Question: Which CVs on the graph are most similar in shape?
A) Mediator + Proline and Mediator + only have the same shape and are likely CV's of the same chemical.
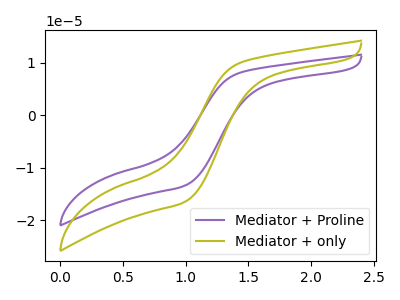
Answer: <think>The purple curve "Mediator + Proline" has no peaks. The olive curve "Mediator + only" has no peaks.
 Neither "Mediator + Proline" or "Mediator + only" have any peaks.</think>
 <answer>A) "Mediator + Proline" and "Mediator + only" have the same shape and are likely CV's of the same chemical.</answer>
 <eval>A</eval>